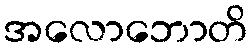
အလောဘောတိ